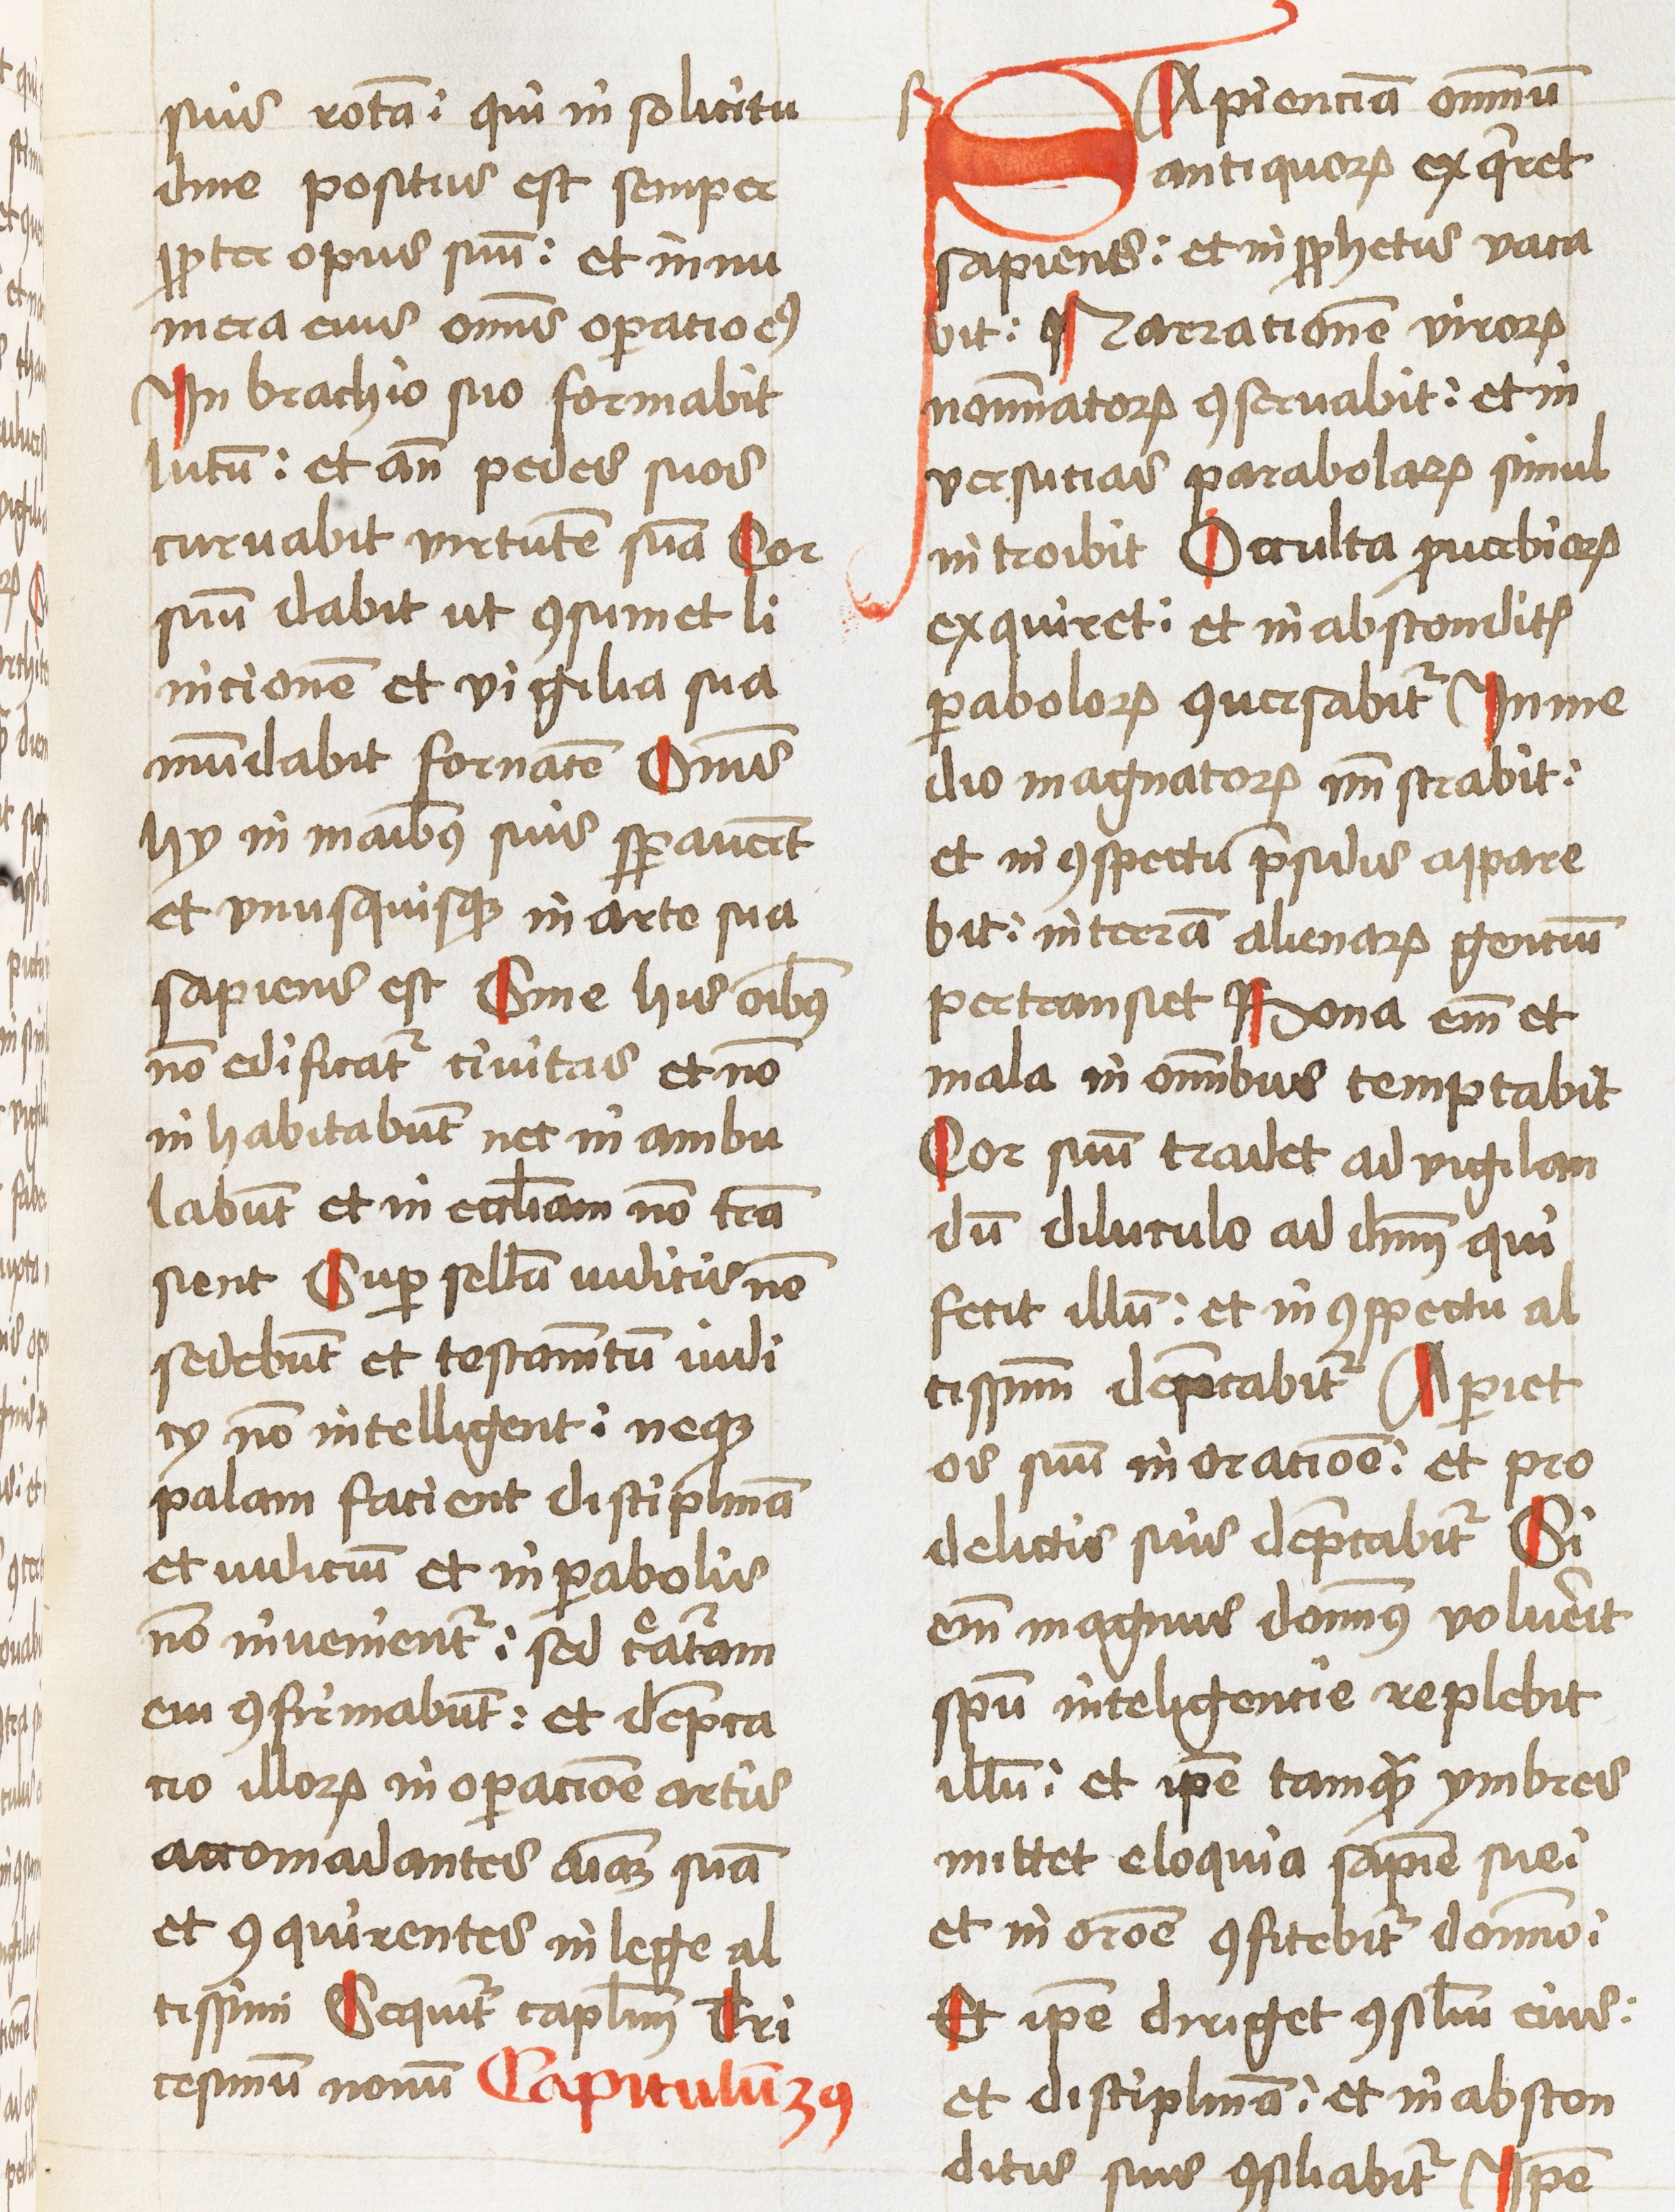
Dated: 1460–1460